Investigations on Bengal jail dietaries - Number 37
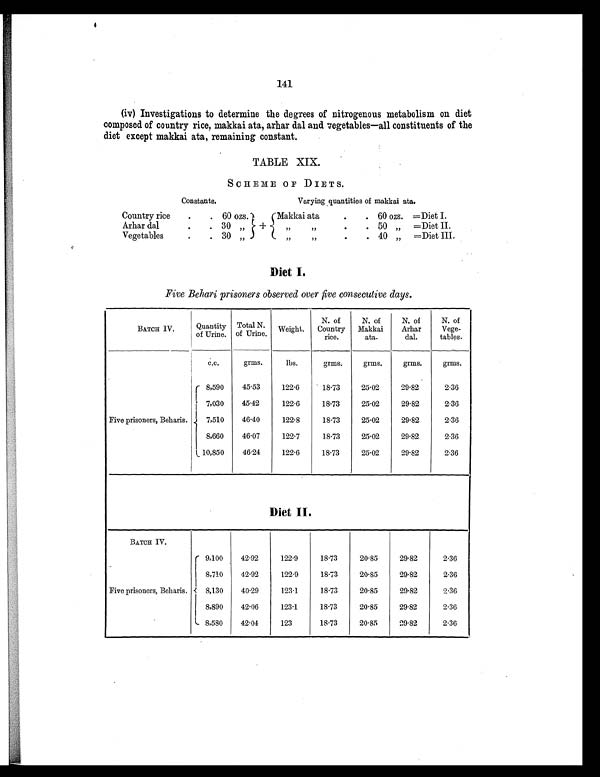
141
(iv) Investigations to determine the degrees of nitrogenous metabolism on diet
composed of country rice, makkai ata, arhar dal and vegetables—all constituents of the
diet except makkai ata, remaining constant.
TABLE XIX.
SCHEME OF DIETS.
Constants.
Varying quantities of makkai ata.
Country rice
.
. 60 ozs.
+
Makkai ata
.
. 60 ozs. =Diet I.
Arhar dal
.
. 3
„
„
„
.
. 50 „ =Diet II.
Vegetables
.
. 30 „
„
„
.
. 40 „
=Diet III.
Diet I.
Five Behari prisoners observed over five consecutive days.
BATCH IV.
Quantity
of Urine.
Total N.
of Urine.
Weight.
N. of
Country
rice.
N. of
Makkai
ata.
N. of
Arhar
dal.
N. of
Vege-
tables.
c.c.
grms.
lbs.
grms.
grms.
grms.
grms.
Five prisoners, Beharis.
8,590
45.53
122.6
18.73
25.02
29.82
2.36
7,030
45. 42
122.6
18.73
25.02
29.82
2.36
7,510
46.40
122.8
18.73
25.02
29.82
2.36
8,660
46.07
122.7
18.73
25.02
29.82
2.36
10,850
46.24
122.6
18.73
25.02
29.82
2.36
Diet II.
BATCH IV.
Five prisoners, Beharis.
9,100
42.92
122.9
18.73
20.85
29.82
2.36
8,710
42.92
122.9
18.73
20.85
29.82
2.36
8,130
40.29
123.1
18.73
20.85
29.82
2.36
8,890
42.06
123.1
18.73
20.85
29.82
2.36
8,580
42.04
123
18.73
20.85
29.82
2.36